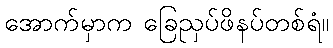
အောက်မှာက ခြေညှပ်ဖိနပ်တစ်ရံ။